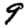
Digit: 9